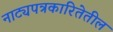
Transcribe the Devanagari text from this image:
नाट्यपत्रकारितेतील